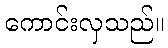
ကောင်းလှသည်။